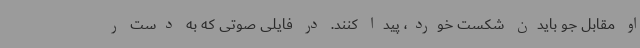
او مقابل جو بایدن شکست خورد، پیدا کنند. در فایلی صوتی که به دست ر